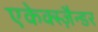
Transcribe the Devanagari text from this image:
एकेक्स्ज़ैन्डर